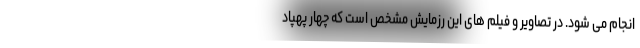
انجام می شود. در تصاویر و فیلم های این رزمایش مشخص است که چهار پهپاد